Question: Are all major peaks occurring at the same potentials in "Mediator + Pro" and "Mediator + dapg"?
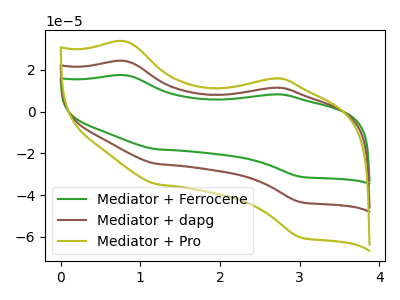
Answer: <think>The green curve "Mediator + Ferrocene" has anodic peaks at (0.80V, 48.35uA) (2.65V, 22.80uA) and cathodic peaks at (1.20V, -50.05uA) (3.00V, -86.60uA). The brown curve "Mediator + dapg" has anodic peaks at (0.80V, 24.15uA) (2.65V, 11.40uA) and cathodic peaks at (1.20V, -25.00uA) (3.00V, -43.30uA). The olive curve "Mediator + Pro" has anodic peaks at (0.80V, 33.60uA) (2.65V, 15.85uA) and cathodic peaks at (1.20V, -34.75uA) (3.00V, -60.15uA).</think>
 <answer>Yes, "Mediator + Pro" have a peak in "Mediator + dapg" at the same potential.</answer>
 <eval>match</eval>